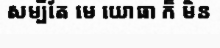
សម្បីតែ មេ យោធា ក៏ មិន